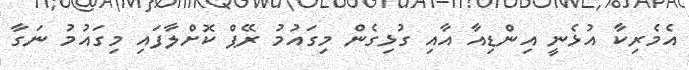
އެމެރިކާ އުޅެނީ އިންޑިއާ އާއި ގުޅިގެން މިގައުމު ރޭޕް ކޮށްލާފައި މިގައުމު ނަގާ